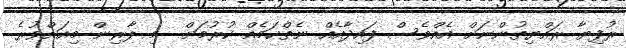
ރުފިޔާ ރައްޔިތުންނަށް އެއްވެސް ފައިދާއެއް ނެތްކަމެއް ކުރުމަށް  މި ލާރިން މިއަށްވުރެ